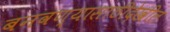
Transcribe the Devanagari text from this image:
बनवण्यासाठीदेखील